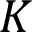
K